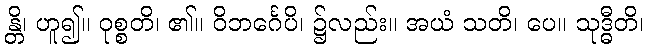
န္တိ၊ ဟူ၍။ ဝုစ္စတိ၊ ၏။ ဝိဘင်္ဂေပိ၊ ၌လည်း။ အယံ သတိ၊ ပေ။ သုဒ္ဓီတိ၊